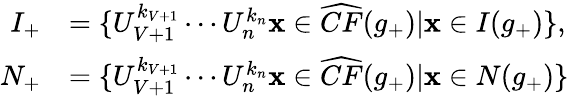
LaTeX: \begin{array}{rl}{I_{+}}&{=\{ U_{V+1}^{k_{V+1}}\cdots U_{n}^{k_{n}}\mathbf{x}\in\widehat{CF}(g_{+})|\mathbf{x}\in I(g_{+})\} ,}\\ {N_{+}}&{=\{ U_{V+1}^{k_{V+1}}\cdots U_{n}^{k_{n}}\mathbf{x}\in\widehat{CF}(g_{+})|\mathbf{x}\in N(g_{+})\} }\end{array}